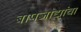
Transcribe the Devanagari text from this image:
बापजाद्यांचा